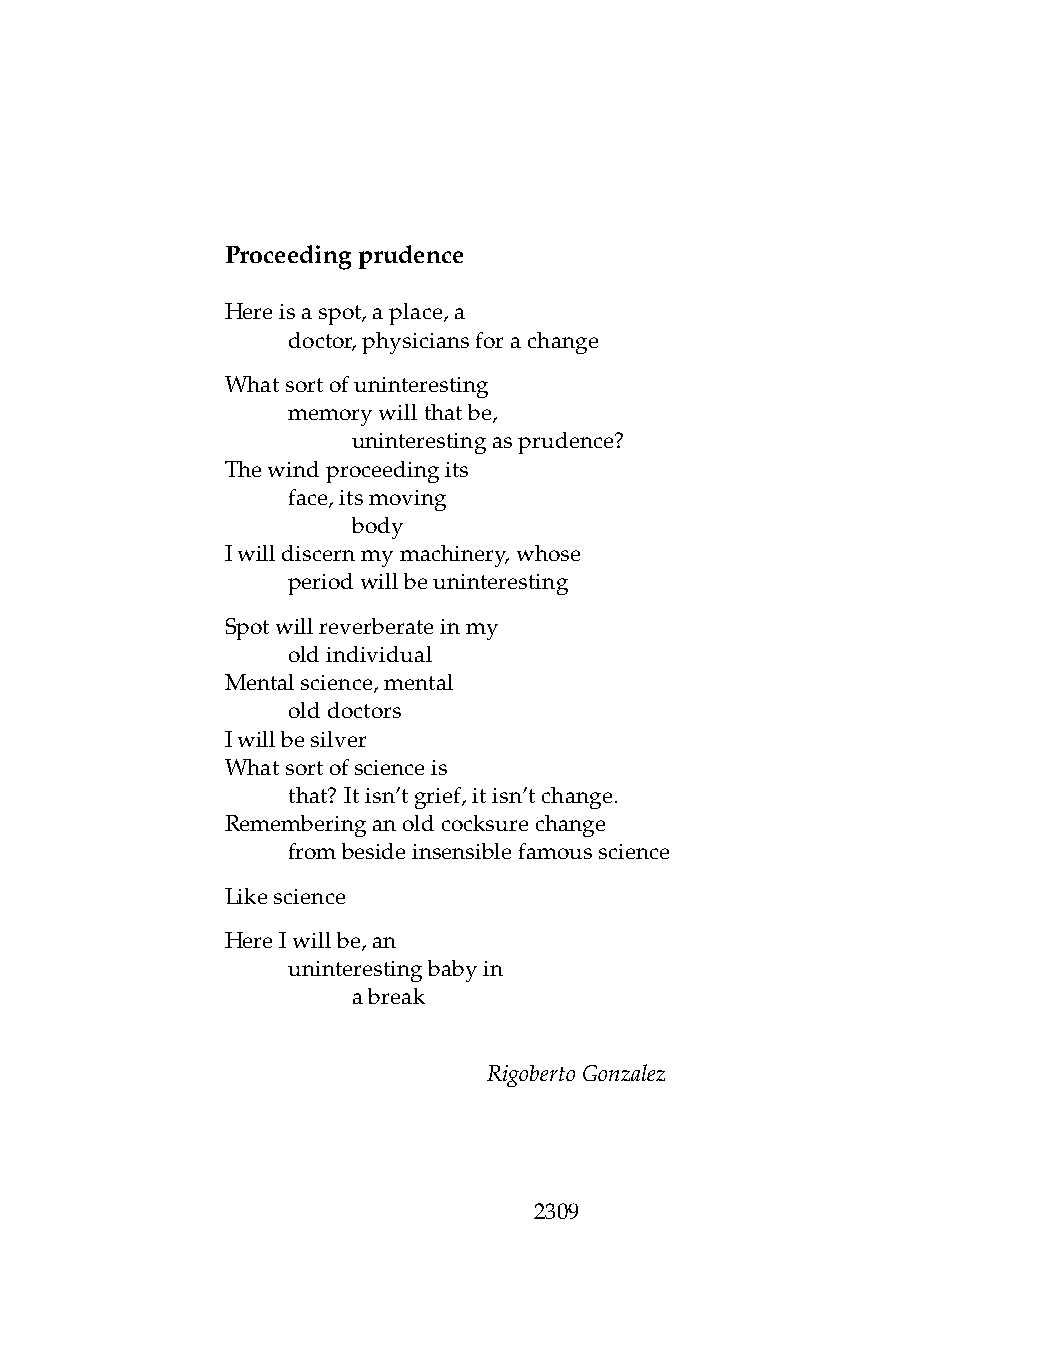
Proceedingprudence
 Hereisaspot,aplace,a
 .   doctor,physiciansforachange
 Whatsortofuninteresting
 .   memorywillthatbe,
 .   .   uninterestingasprudence?
 Thewindproceedingits
 .   face,itsmoving
 .   .   body
 Iwilldiscernmymachinery,whose
 .   periodwillbeuninteresting
 Spotwillreverberateinmy
 .   oldindividual
 Mentalscience,mental
 .   olddoctors
 Iwillbesilver
 Whatsortofscienceis
 .   that? Itisn’tgrief,itisn’tchange.
 Rememberinganoldcocksurechange
 .   frombesideinsensiblefamousscience
 Likescience
 HereIwillbe,an
 .   uninterestingbabyin
 .   .   abreak
 RigobertoGonzalez
 2309